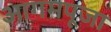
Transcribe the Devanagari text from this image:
आगमपूजा